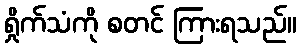
ရှိုက်သံကို စတင် ကြားရသည်။